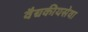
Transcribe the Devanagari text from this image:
वैद्यकीयसेवा